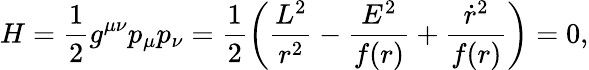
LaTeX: H=\frac{1}{2}g^{\mu\nu}p_{\mu}p_{\nu}=\frac{1}{2}\left(\frac{L^{2}}{r^{2}}-\frac{E^{2}}{f(r)}+\frac{\dot{r}^{2}}{f(r)}\right)=0,